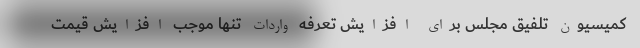
کمیسیون تلفیق مجلس برای افزایش تعرفه واردات تنها موجب افزایش قیمت